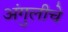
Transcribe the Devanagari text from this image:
अंगुलीचे